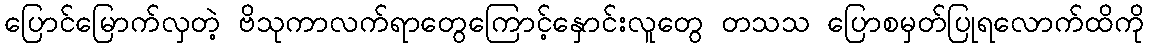
ပြောင်မြောက်လှတဲ့ ဗိသုကာလက်ရာတွေကြောင့်နှောင်းလူတွေ တသသ ပြောစမှတ်ပြုရလောက်ထိကို